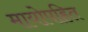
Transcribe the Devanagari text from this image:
मायोपहित